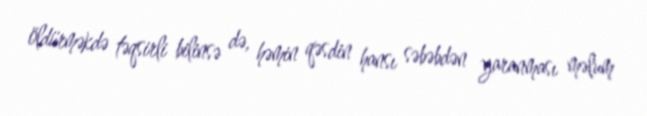
öldürməkdə təqsirli bilinsə də, həmin qəsdin hansı səbəbdən yaranması məlum